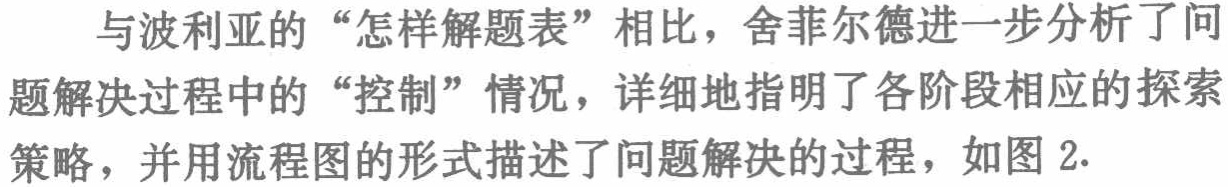
与波利亚的“怎样解题表”相比，舍菲尔德进一步分析了问题解决过程中的“控制”情况，详细地指明了各阶段相应的探索策略，并用流程图的形式描述了问题解决的过程，如图 2.